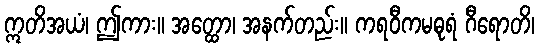
ဣတိအယံ၊ ဤကား။ အတ္ထော၊ အနက်တည်း။ ကရဝီကမဓုရံ ဂီရောတိ၊